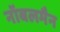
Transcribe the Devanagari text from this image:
नॉबलमैन